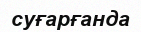
суғарғанда